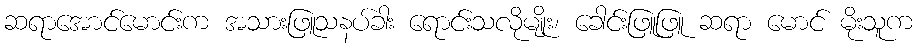
ဆရာအောင်မောင်းက အသားဖြူသနပ်ခါး ရောင်းသလိုမျိုး၊ ခေါင်းဖြူဖြူ ဆရာ မောင် မိုးသူက